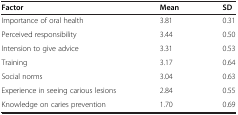
<table><thead><tr><td><b>Factor</b></td><td><b>Mean</b></td><td><b>SD</b></td></tr></thead><tbody><tr><td>Importance of oral health</td><td>3.81</td><td>0.31</td></tr><tr><td>Perceived responsibility</td><td>3.44</td><td>0.50</td></tr><tr><td>Intension to give advice</td><td>3.31</td><td>0.53</td></tr><tr><td>Training</td><td>3.17</td><td>0.64</td></tr><tr><td>Social norms</td><td>3.04</td><td>0.63</td></tr><tr><td>Experience in seeing carious lesions</td><td>2.84</td><td>0.55</td></tr><tr><td>Knowledge on caries prevention</td><td>1.70</td><td>0.69</td></tr></tbody></table>